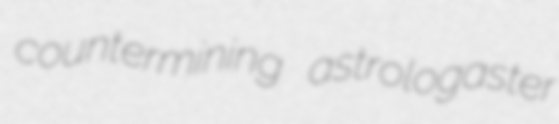
countermining astrologaster